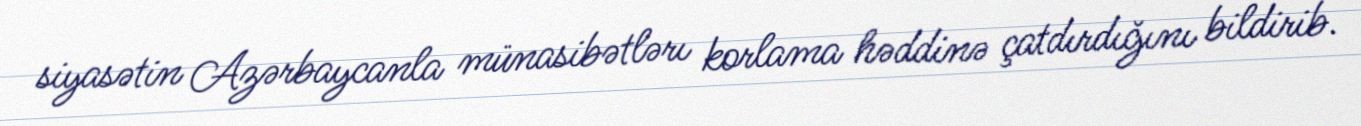
siyasətin Azərbaycanla münasibətlərı korlama həddinə çatdırdığını bildirib.